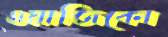
ওয়াজিকো